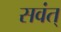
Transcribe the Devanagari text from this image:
सवंत्‌